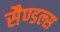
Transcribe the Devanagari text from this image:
सैण्डल्स